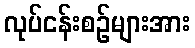
လုပ်ငန်းစဉ်များအား